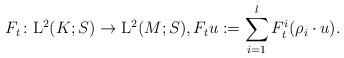
LaTeX: \begin{align*}F_{t}\colon \mathrm{L}^2 (K;S) \to \mathrm{L}^2 (M;S),F_{t} u := \sum_{i=1}^l F_{t}^i ( \rho_{i} \cdot u).\end{align*}